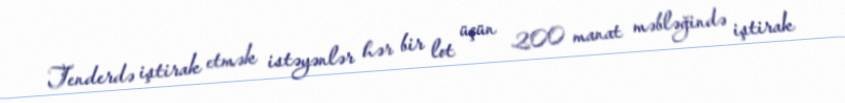
Tenderdə iştirak etmək istəyənlər hər bir lot üçün 200 manat məbləğində iştirak